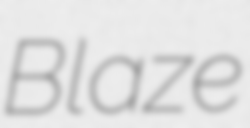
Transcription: Blaze